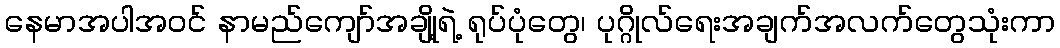
နေမာအပါအဝင် နာမည်ကျော်အချို့ရဲ့ ရုပ်ပုံတွေ၊ ပုဂ္ဂိုလ်ရေးအချက်အလက်တွေသုံးကာ